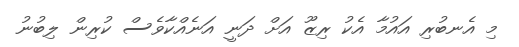
މި އެނބުރި އައުމާ އެކު ރިޒޫ އަށް ދަނީ އަނެއްކާވެސް ކުރިން ލިބުނު